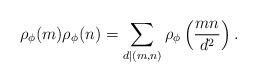
LaTeX: \begin{align*} \rho_\phi(m)\rho_\phi(n) = \sum_{d|(m,n)} \rho_\phi\left(\frac{mn}{d^2}\right).\end{align*}